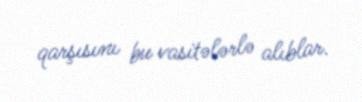
qarşısını bu vasitələrlə alıblar.